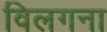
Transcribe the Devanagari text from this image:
विलगना